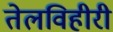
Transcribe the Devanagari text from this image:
तेलविहीरी